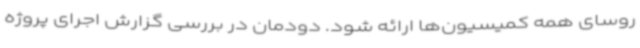
روسای همه کمیسیون‌ها ارائه ‌شود. دودمان در بررسی گزارش اجرای پروژه